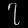
Digit: ၇